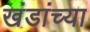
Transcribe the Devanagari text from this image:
खंडांच्‍या